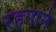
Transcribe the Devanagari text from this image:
रंहगाने